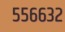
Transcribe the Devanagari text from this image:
५५६६३२